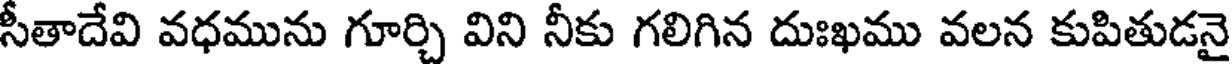
సీతాదేవి వధమును గూర్చి విని నీకు గలిగిన దుఃఖము వలన కుపితుడనై